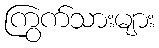
ကြွက်သားများ